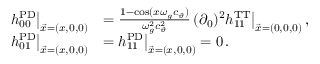
\begin{array} { r l } { h _ { 0 0 } ^ { \mathrm { P D } } \big | _ { \vec { x } = ( x , 0 , 0 ) } } & { = \frac { 1 - \cos ( x \omega _ { g } c _ { \vartheta } ) } { \omega _ { g } ^ { 2 } c _ { \vartheta } ^ { 2 } } \, ( \partial _ { 0 } ) ^ { 2 } h _ { 1 1 } ^ { \mathrm { T T } } \big | _ { \vec { x } = ( 0 , 0 , 0 ) } \, , } \\ { h _ { 0 1 } ^ { \mathrm { P D } } \big | _ { \vec { x } = ( x , 0 , 0 ) } } & { = h _ { 1 1 } ^ { \mathrm { P D } } \big | _ { \vec { x } = ( x , 0 , 0 ) } = 0 \, . } \end{array}